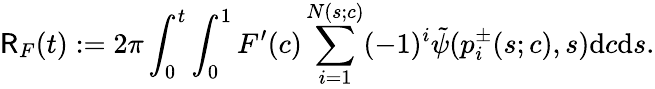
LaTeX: \mathsf{R}_{F}(t):=2\pi\int_{0}^{t}\int_{0}^{1}F^{\prime}(c)\sum_{i=1}^{N(s;c)}(-1)^{i}\tilde{\psi}(p_{i}^{\pm}(s;c),s)\mathrm{d}c\mathrm{d}s.